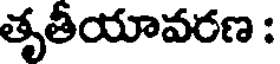
తృతీయావరణ :